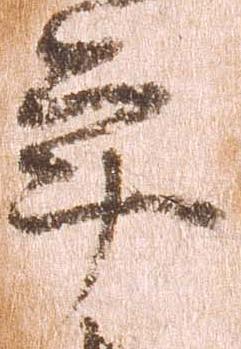
年